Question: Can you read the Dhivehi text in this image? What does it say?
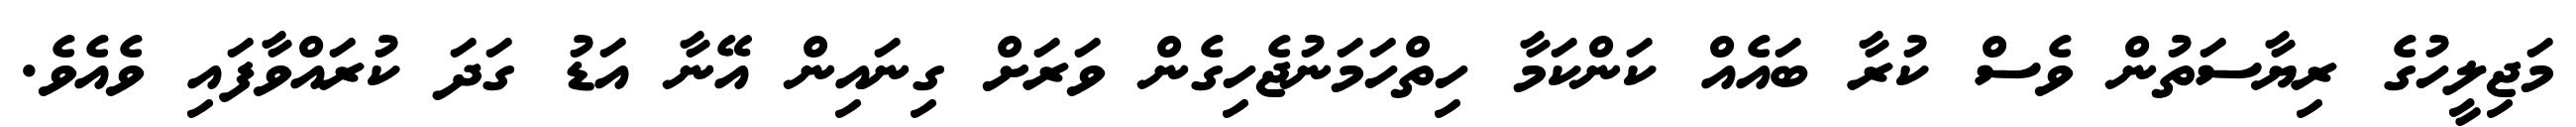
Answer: މަޖިލީހުގެ ރިޔާސަތުން ވެސް ކުރާ ބައެއް ކަންކަމާ ހިތްހަމަނުޖެހިގެން ވަރަށް ގިނައިން އޭނާ އަޑު ގަދަ ކުރައްވާފައި ވެއެވެ.